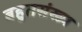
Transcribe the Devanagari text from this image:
बहुतसंख्य